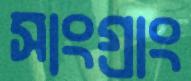
সাংগ্রাং